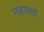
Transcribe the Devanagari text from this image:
महारथो